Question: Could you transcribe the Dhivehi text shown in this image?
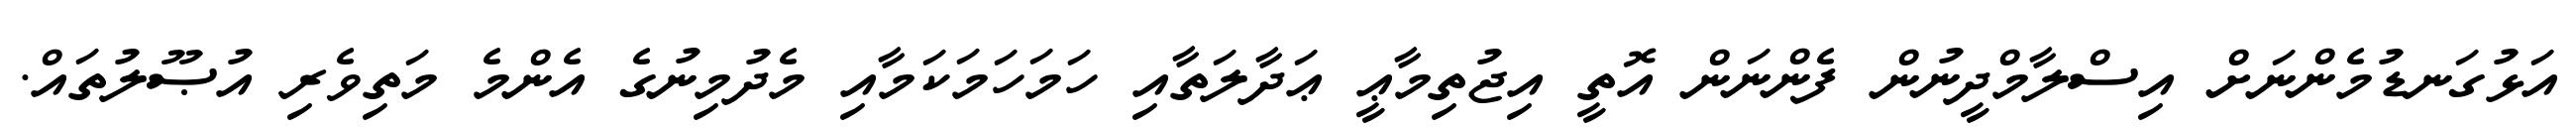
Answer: އަޅުގަނޑުމެންނަށް އިސްލާމްދީނުން ފެންނަން އޮތީ އިޖުތިމާޢީ ޢަދާލަތާއި ހަމަހަމަކަމާއި މެދުމިނުގެ އެންމެ މަތިވެރި އުޞޫލުތައް.